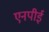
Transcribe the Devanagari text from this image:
एनपीई